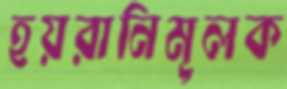
হয়রানিমূলক